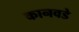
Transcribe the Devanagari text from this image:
कानवडे